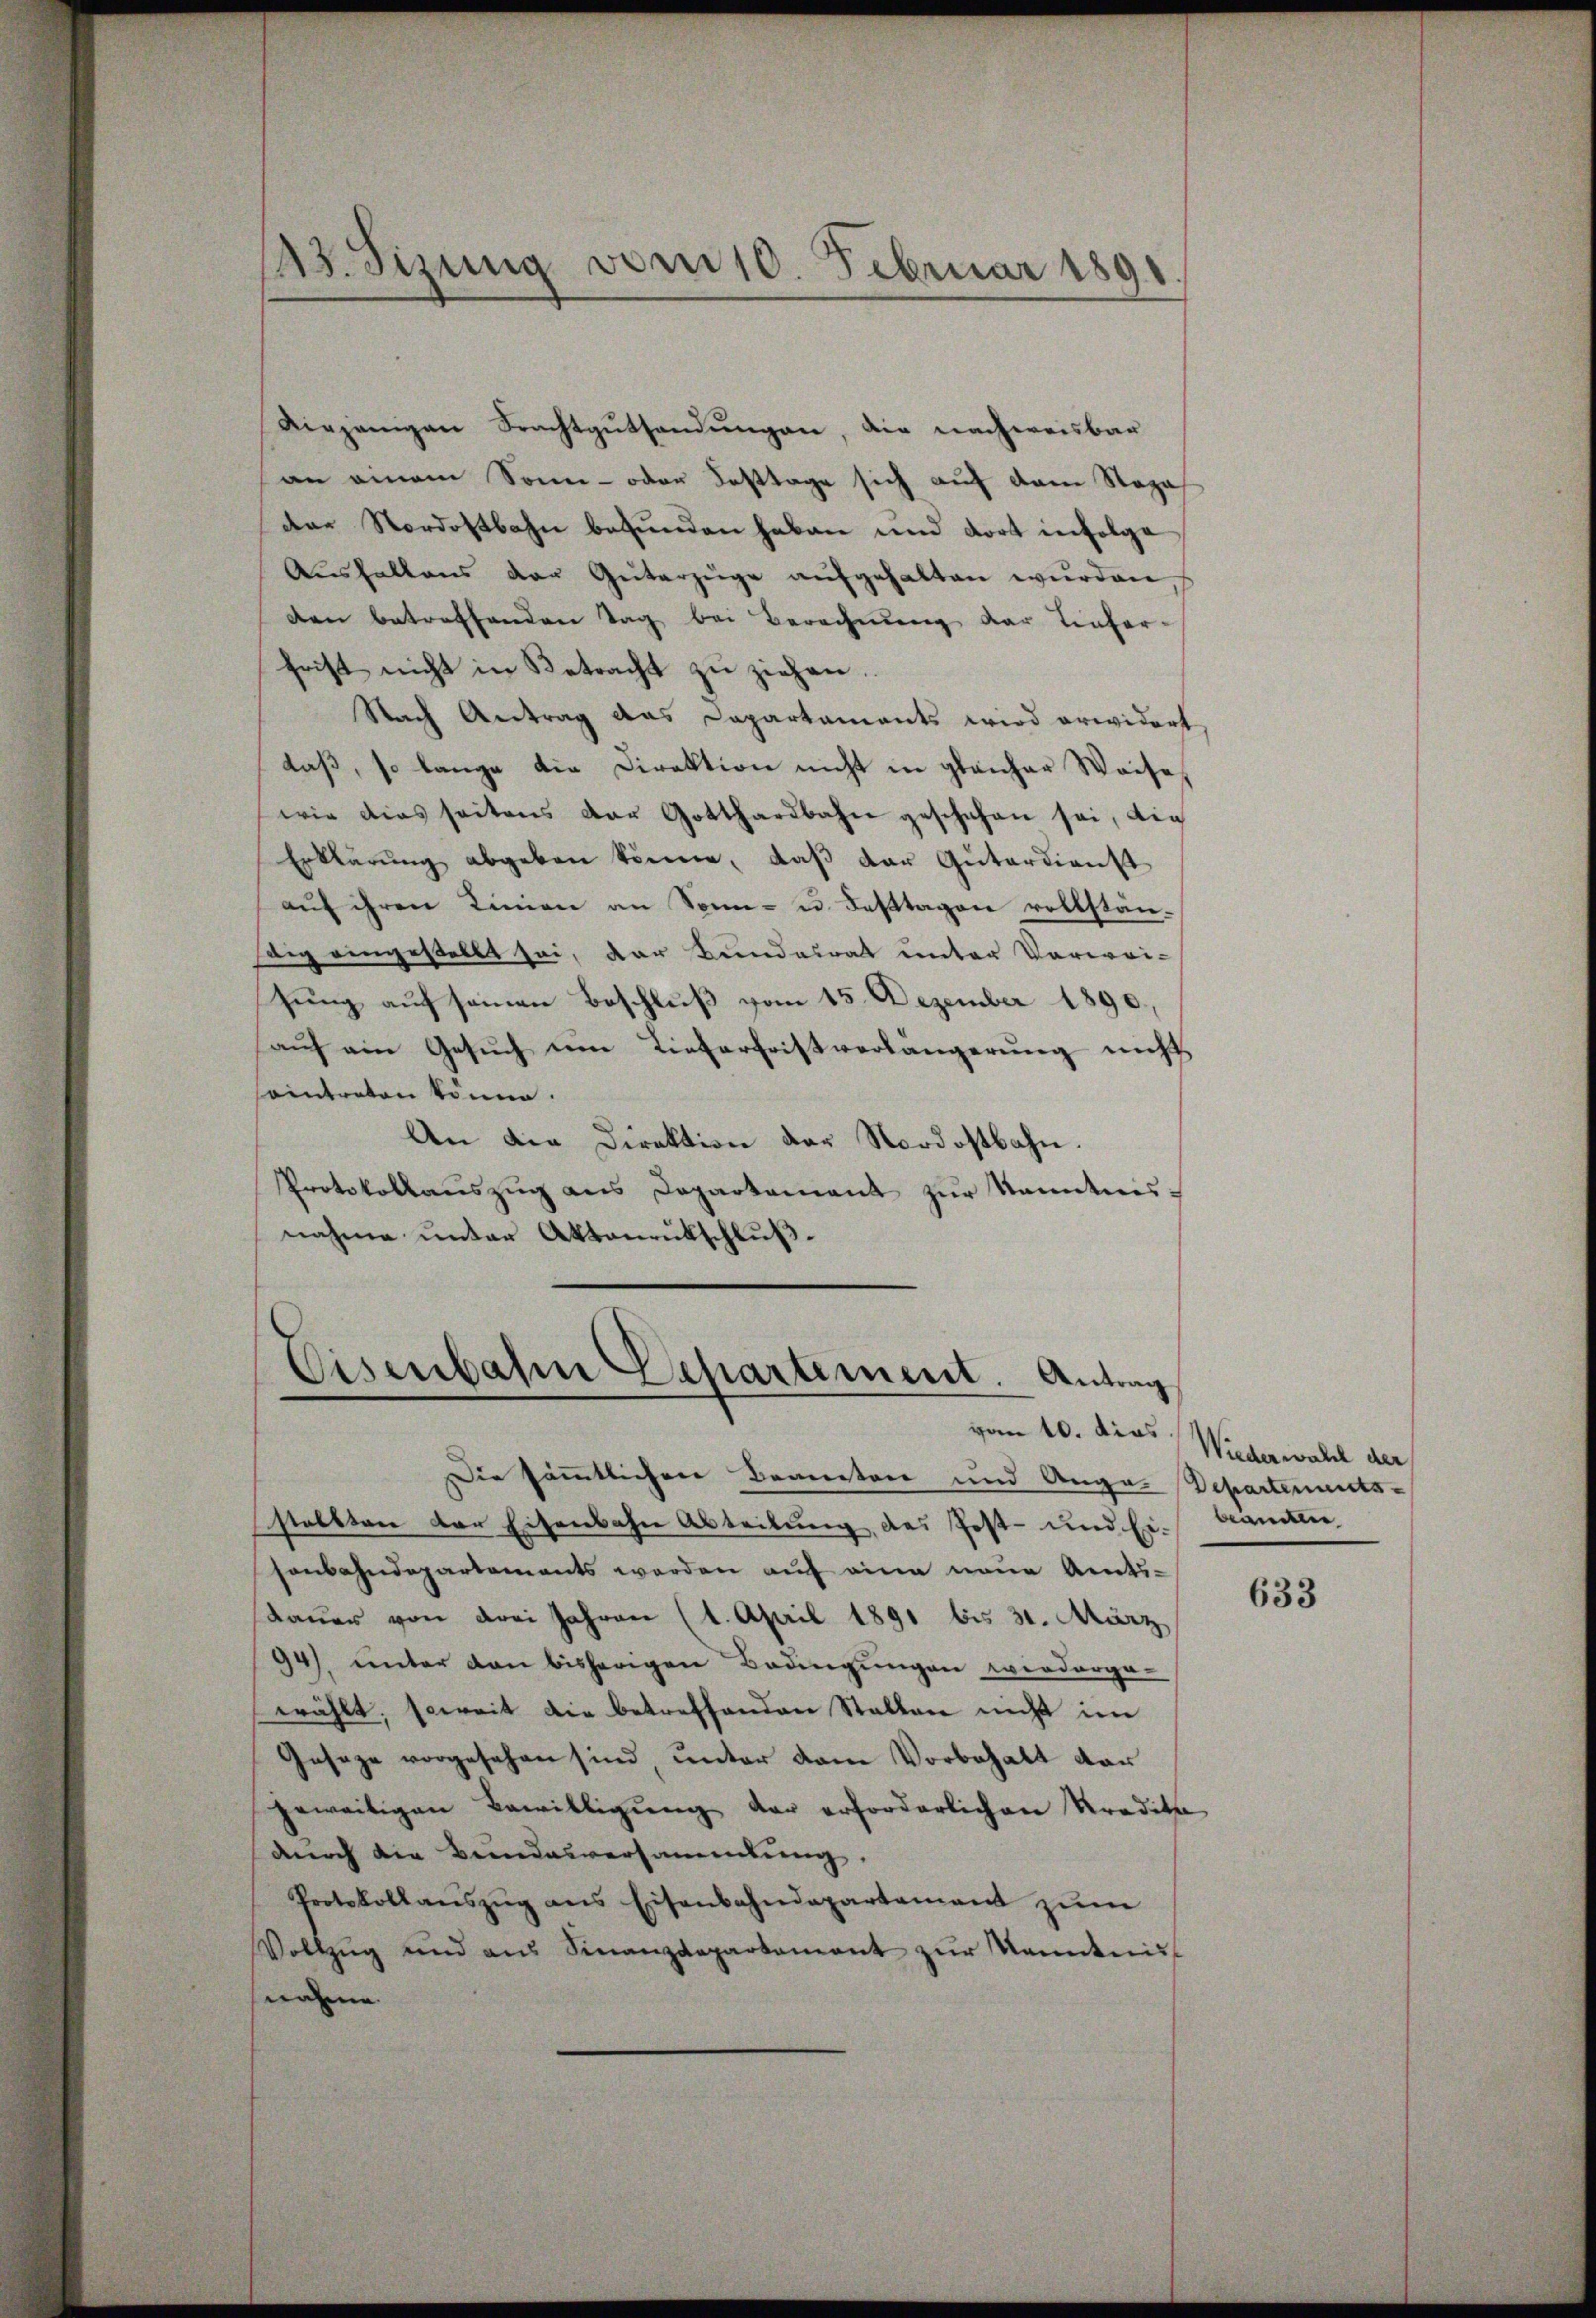
13. Sizung vom 10. Februar 1891.

viejenigen Brachtgutsandungen, die nachweisbar
an einem Sonn- oder Fasttage sich auf dem Stepadene Nordostbahn befunden haben und dort infolge
Aushaltens der Güterzüge aufgehalten wurden
den betreffenden Tag bei Berechnung der Tiefer-
hrist nicht in Betracht zu ziehen
Nach Antrag aus Capartaments wird erwidert
daß, so lange die Direktion nicht in glaicher Weise,
wie dies seitens der Gotthardbahn geschehen sei, die
Erklärŭng abgeben könne, daβ der Güterdienst
auf ihren Linien an Sonn- u. Festtagen vollständig eingestellt sei, der Bundesrat unter Verwei-
hung auf seinen Beschluß vom 15. Dezember 1890.
aŭf ein Gesŭch um Lieferfristverlängerung nicht
seintreten könne.
An die Direktion der Nordostbahn.
Protokollaŭszŭg ans Departement zŭr kanntnis-
nahme unter Aktenrütschluß¬

Eisenbahre Departement. Antrag

vom 10. dies Wiederwahl der
Die sämmtlichen Beanten und Auge. Departements-
stellten der Eisenbahn Abteilung, das Post- und Ei- Beamtei
sonbahndepartements werden auf eine neue Amts-
Dauer von drei Jahren (1. April 1891 bis 31. März
94), unter den bisherigen Bedingungen werderge-
wählt, soweit die betreffenden Stallen nicht im
Geseze vorgesehen sind, unter dem Vorbehalt dar
geweitigen Bewilligŭng der erforderlichen Tradita
durch die Bundesversammlung,
Protokollanszŭg ans Eisenbahndepartement zŭm
Vollzŭg und aŭs Finanzdepartement zŭr Kenntnis
nahme.

633